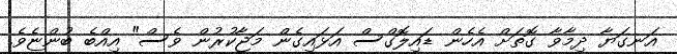
އަނގަޔާ ދިމާވާ ގޮތަށް އެހެން ޑައިލޮގްސް އަޅައިގެން މަޖާކުރުން ވެސް" އިއްބެ ބުންޏެވެ.